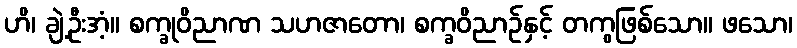
ဟိ၊ ချဲ့ဦးအံ့။ စက္ခုဝိညာဏ သဟဇာတော၊ စက္ခဝိညာဉ်နှင့် တကွဖြစ်သော။ ဖသော၊